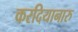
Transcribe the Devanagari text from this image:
करदियानारु